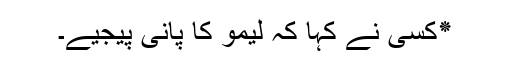
٭کسی نے کہا کہ لیمو کا پانی پیجیے۔